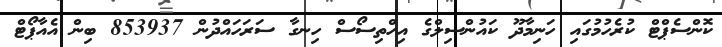
ކޮންސެޕްޓް ކުރެހުމުގައި ހަނިމާދޫ ކައުންސިލްގެ އިހްތިސޯސް ހިނގާ ސަރަހައްދުން 853937 ބިން އެއާޕޯޓް